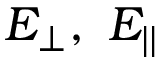
E _ { \perp } , ~ E _ { | | }